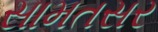
સામતસર